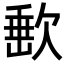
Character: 𣣮